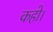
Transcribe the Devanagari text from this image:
कहो।